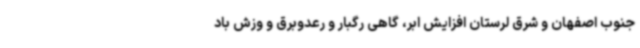
جنوب اصفهان و شرق لرستان افزایش ابر، گاهی رگبار و رعدوبرق و وزش باد